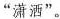
”潇洒”。